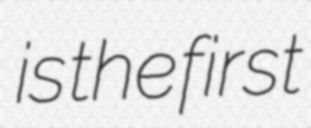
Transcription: is the first